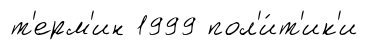
т'ерм'ин 1999 пол'и́т'ик'и